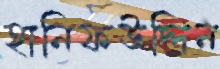
হানিফউদ্দিন